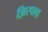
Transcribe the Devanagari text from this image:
झिरपला